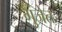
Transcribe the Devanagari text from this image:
गुंजेत